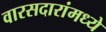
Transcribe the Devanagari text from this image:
वारसदारांमध्ये